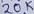
Text: 20K